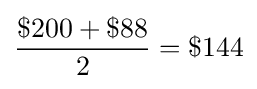
{\frac {\$200+\$88}{2}}=\$144